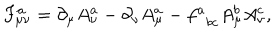
F _ { \mu \nu } ^ { a } = \partial _ { \mu } A _ { \nu } ^ { a } - \partial _ { \nu } A _ { \mu } ^ { a } - f _ { \; \; b c } ^ { a } A _ { \mu } ^ { b } A _ { \nu } ^ { c } ,